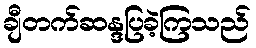
ချီတက်ဆန္ဒပြခဲ့ကြသည်